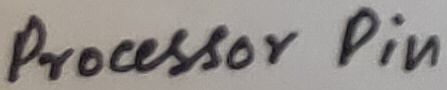
Text: Processor Pin